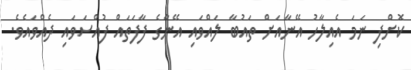
ކޮށްފި ނަމަ އެއިލާހު އޭނާއަށް ތައުބާ ލައްވައި އޭނާގެ ފާފަތައް ފުއްސަވައި ދެއްވައެވެ.